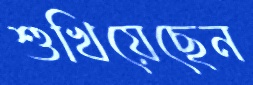
শুখিয়েছেন